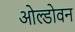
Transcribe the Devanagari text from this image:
ओल्डोवन